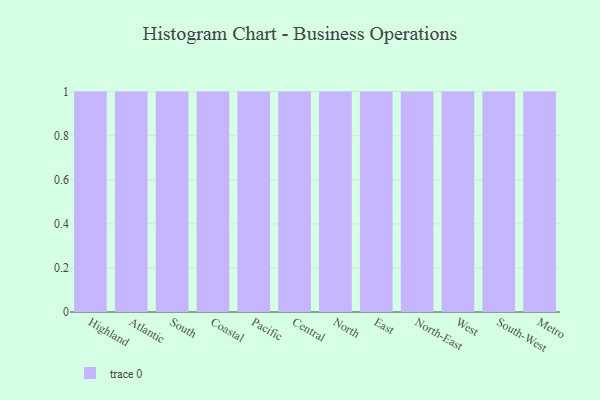
{"axis": {"x": "Region", "y": "Shipments"}, "legend": [""], "data": [{"x": "Highland", "y": 11, "type": ""}, {"x": "Atlantic", "y": 2, "type": ""}, {"x": "South", "y": 71, "type": ""}, {"x": "Coastal", "y": 13, "type": ""}, {"x": "Pacific", "y": 9, "type": ""}, {"x": "Central", "y": 87, "type": ""}, {"x": "North", "y": 32, "type": ""}, {"x": "East", "y": 23, "type": ""}, {"x": "North-East", "y": 72, "type": ""}, {"x": "West", "y": 29, "type": ""}, {"x": "South-West", "y": 4, "type": ""}, {"x": "Metro", "y": 37, "type": ""}]}